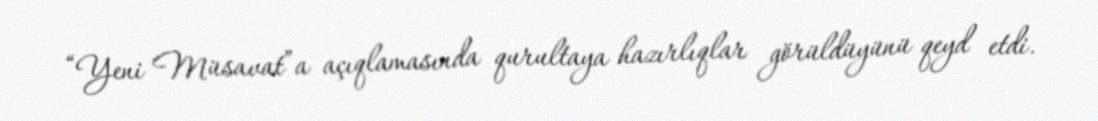
“Yeni Müsavat”a açıqlamasında qurultaya hazırlıqlar görüldüyünü qeyd etdi.